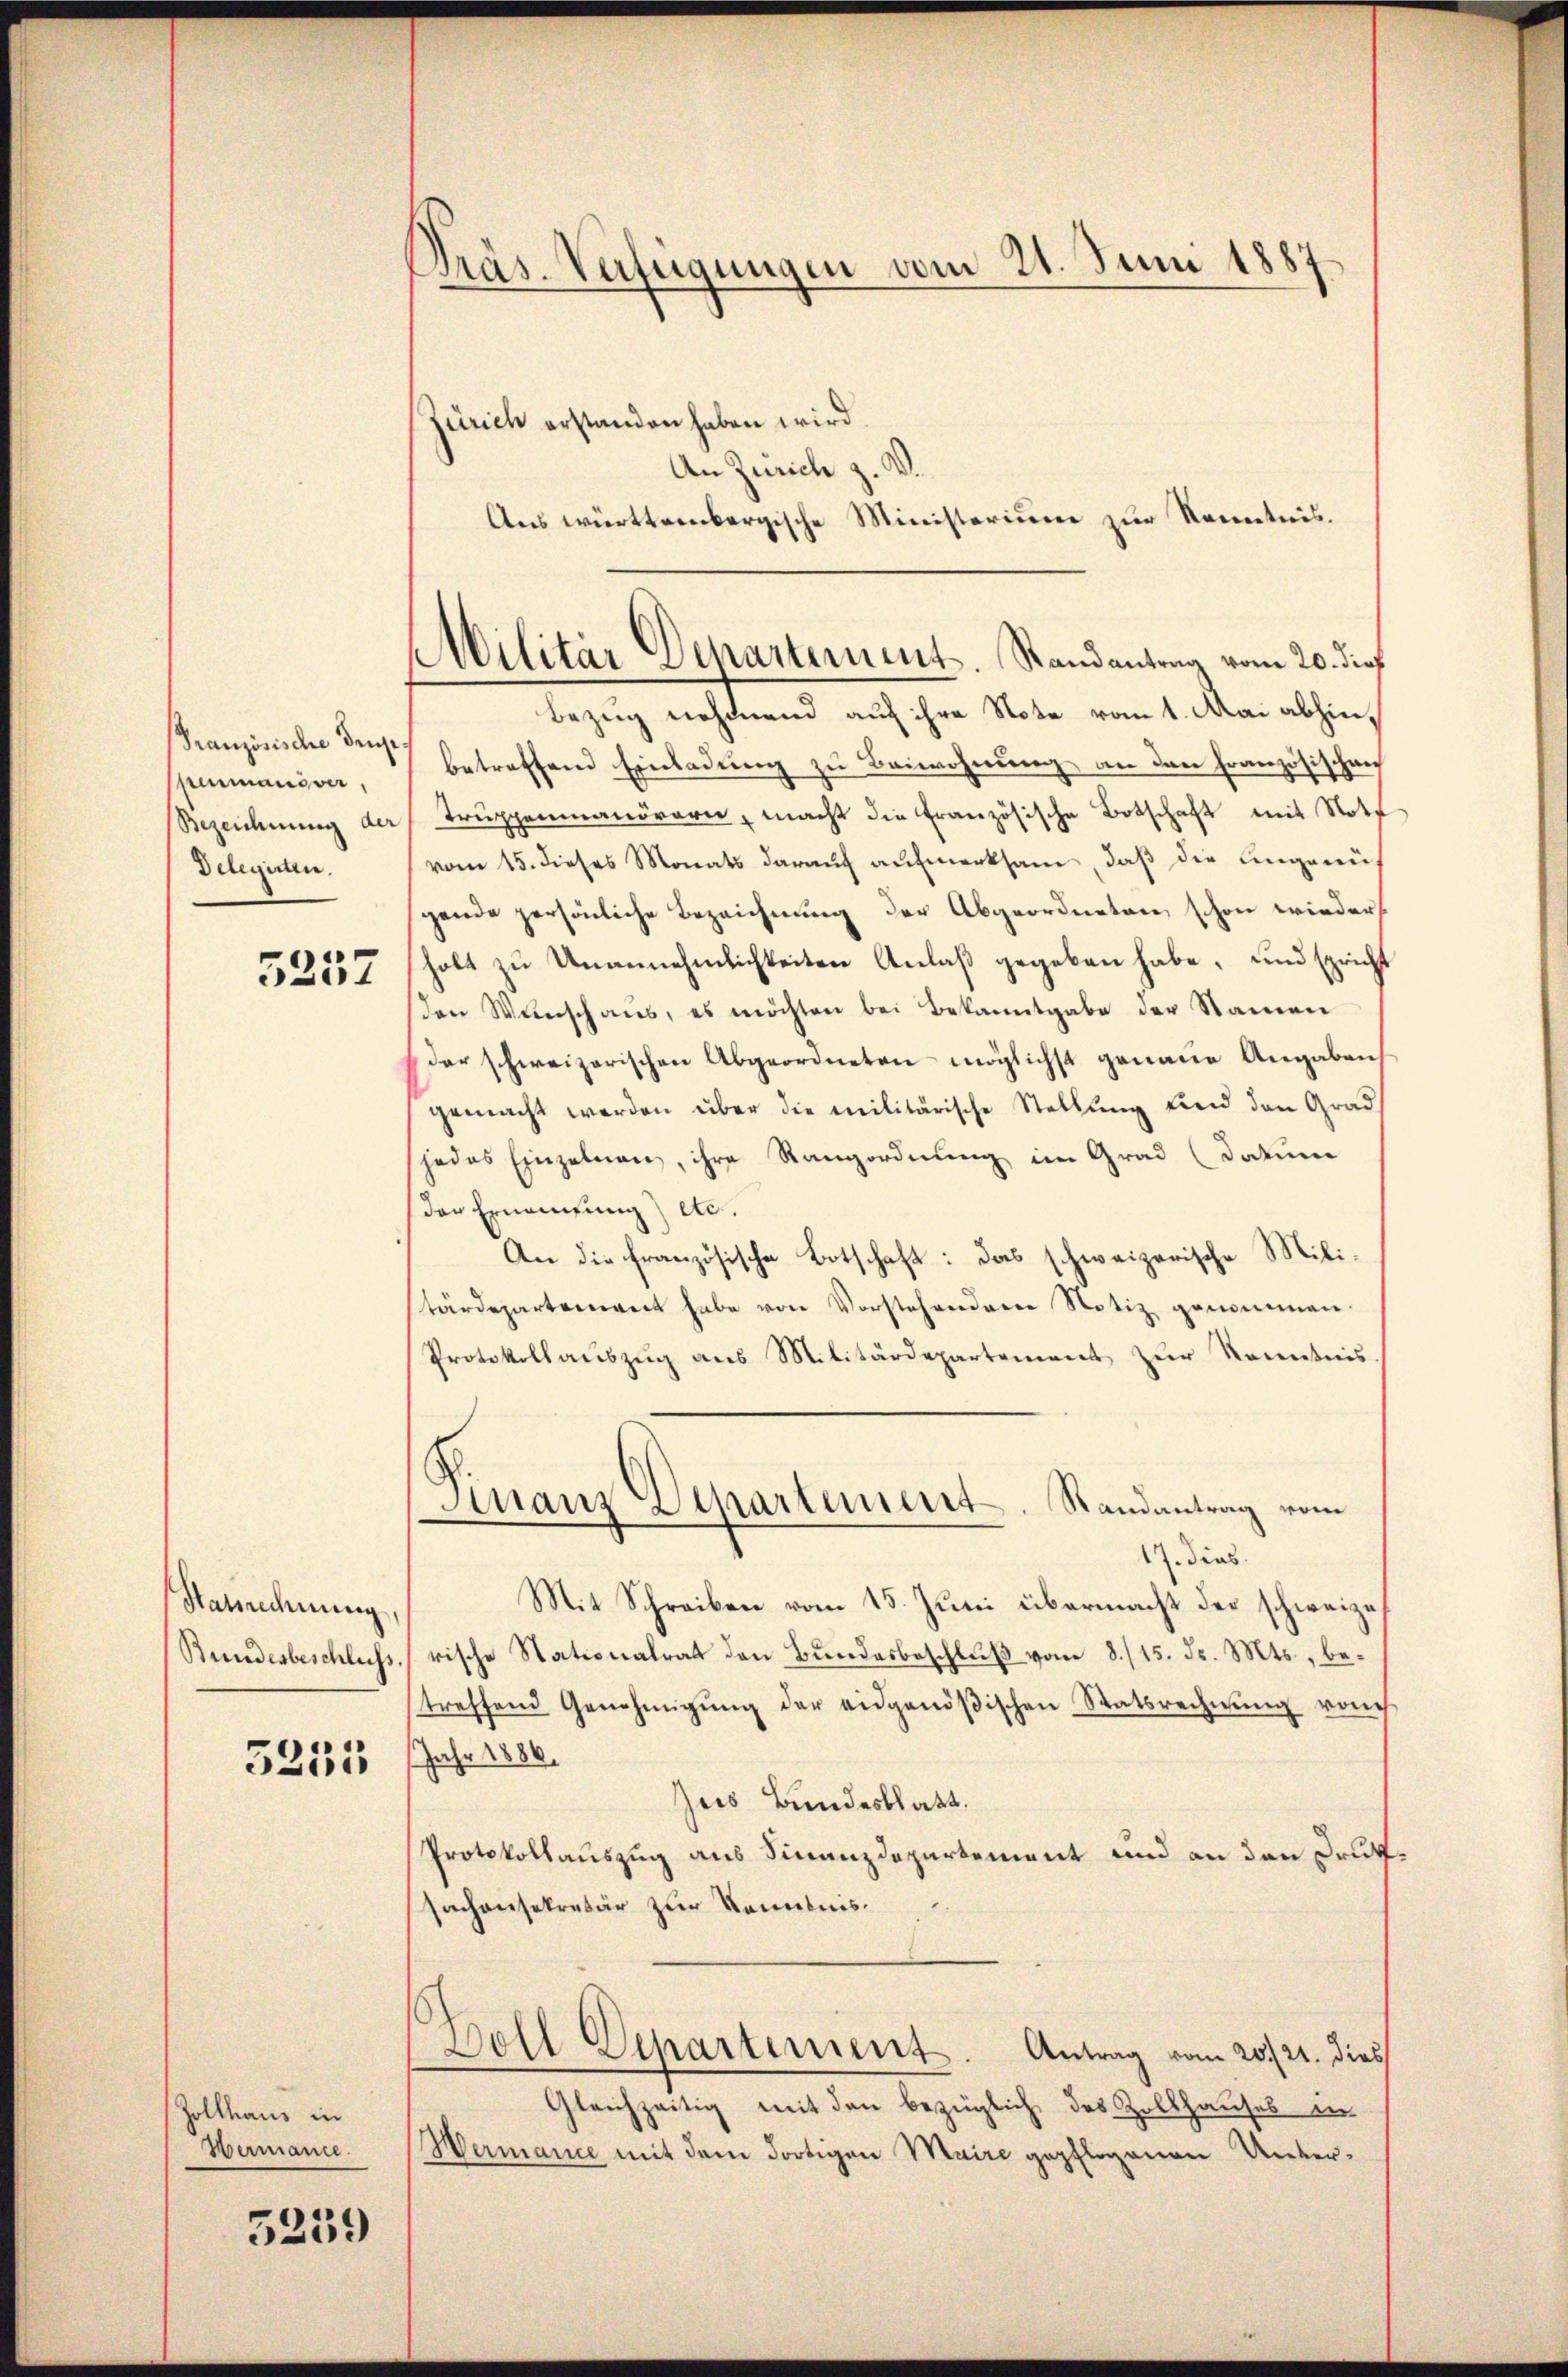
Französische Truppenmanöver,
Bezeichnung der
Delegirten.

5257

Starrechnung,
Stundesbeschluss.

5255

Zollhaus in
Hermance.

5239

Präs. Verfügungen vom 21. Juni 1887

Militär Departement. Randantrag vom 20. dieß

Zürich erstanden haben wird.
An Zürich z. B.
Aus württembergische Ministerium zur Kenntnis.
Bezug nehmend auf ihre Note vom 1. Mai abhinbetreffend Einladung zu Beiwohnung an den Französischen
Trŭppenmanörern, macht die französische Botschaft mit Notz
vom 15. dieses Monats darauf aufmerksam, daß die Eingarigende persönliche Bezeichnung der Abgeordneten schon wieder
holt zu Unannehmlichkeiten Anlaß gegeben habe, und spricht
den Wünschaus, es möchten bei Bekanntgabe der Namen
der schweizerischen Abgeordneten möglichst genaue Angaben
gemacht werden über die militärische Stellung und den Grad
jedes Einzelnen, ihre Rangordnung im Grad (Datum
der Ernennung) etc.
An die französische Botschaft: Das schweizerische Militärdepartement habe von Vorstehendere Notiz genommen.
Protokollauszug aus Militärdepartement zur Kenntnis¬
Franz Separtement. Randantrag vom
1. dies
Mit Schreiben vom 15. Juni übermacht der schweize
rische Stationalrat den Bundesbeschluß vom 8./15. d. Mts., betreffend Genehmigŭng der eidgenößischen Statsrechnŭng von
Jahr 1886.
Zus Bundesblatt.
Protokollauszug aus Finanzdepartement und an den Druksachensekretär zur Kenntnis¬
Soll Departement. Antrag vom 20./21. dies
Gleichzeitig mit den bezüglich das Zollhauses in
Wermance mit dem dortigen Maire gepflogenen Unter¬